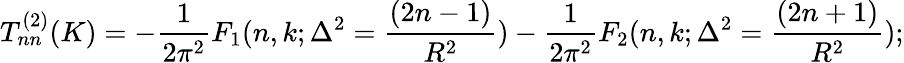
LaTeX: T_{nn}^{(2)}(K)=-\frac{1}{2\pi^{2}}F_{1}(n,k;\Delta^{2}=\frac{(2n-1)}{R^{2}})-\frac{1}{2\pi^{2}}F_{2}(n,k;\Delta^{2}=\frac{(2n+1)}{R^{2}});